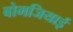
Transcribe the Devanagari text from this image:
बोमजियाई